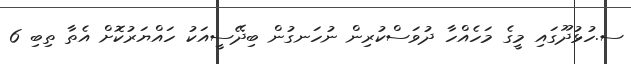
ސ.ހުޅުދޫގައި މީގެ މަހެއްހާ ދުވަސްކުރިން ނުހަނގުން ބިދޭސީއަކު ހައްޔަރުކޮށް އެތާ ތިބި 6